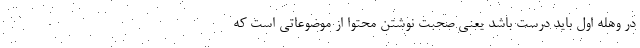
در وهله اول باید درست باشد یعنی صحبت نوشتن محتوا از موضوعاتی است که